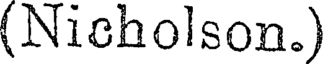
(Nicholson.)